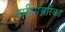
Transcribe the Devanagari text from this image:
चर्पटपञ्जरिका